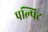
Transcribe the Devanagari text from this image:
पल्पिट